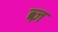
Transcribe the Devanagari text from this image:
ब्ज़